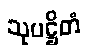
သုပဋ္ဌိတံ